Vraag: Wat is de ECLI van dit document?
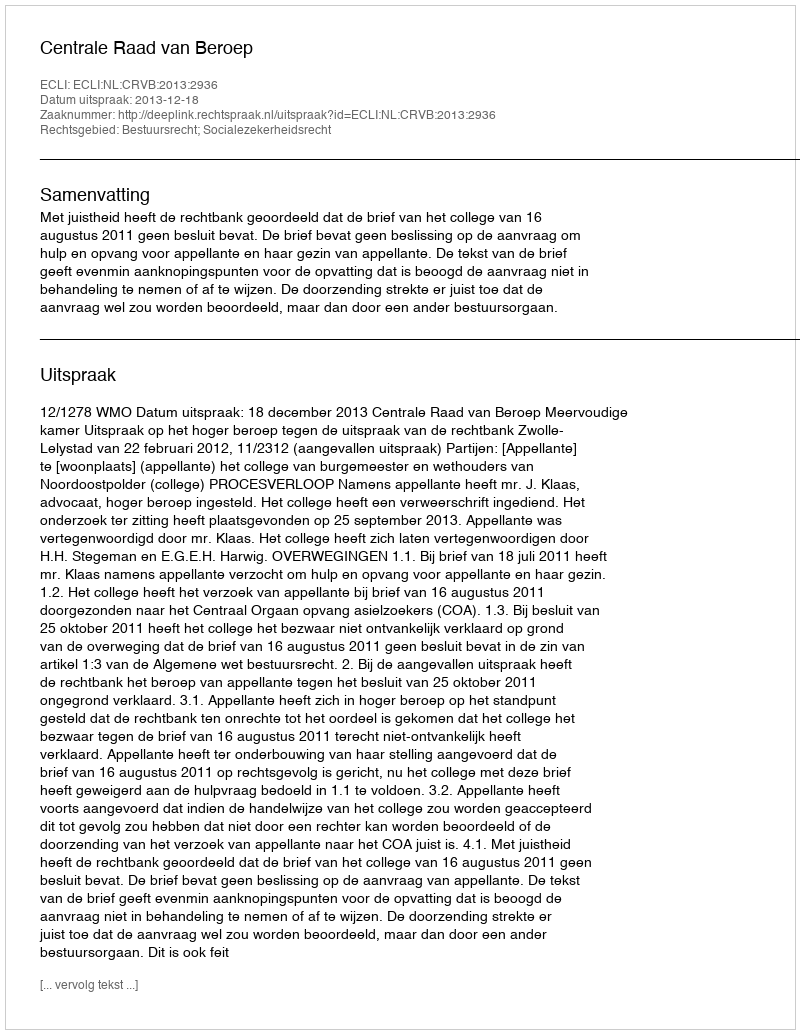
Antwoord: ECLI:NL:CRVB:2013:2936